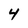
Character: 4